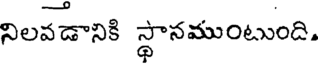
నిలవడానికి స్థానముంటుంది.